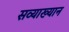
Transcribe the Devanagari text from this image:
सव्याख्यान